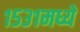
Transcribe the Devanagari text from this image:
१५३१मध्ये